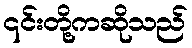
၎င်းတို့ကဆိုသည်